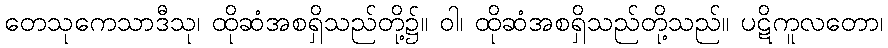
တေသုကေသာဒီသု၊ ထိုဆံအစရှိသည်တို့၌။ ဝါ၊ ထိုဆံအစရှိသည်တို့သည်။ ပဋိကူလတော၊